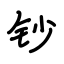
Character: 钞